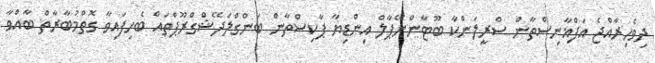
ދިވެހިރާއްޖެ އަފްޣާނިސްތާން ސްރީލަންކާ ބޫޓާންނޭޕާލް އިންޑިޔާ ޕާކިސްތާން ބަންގްލަދޭޝްގްރޫޕްތައް ބެހިފައިވާ ގޮތްމުބާރާތް ބާއްވާ